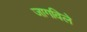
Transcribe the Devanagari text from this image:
जागविले